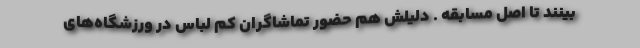
‌بینند تا اصل مسابقه . دلیلش هم حضور تماشاگران کم لباس در ورزشگاه‌های